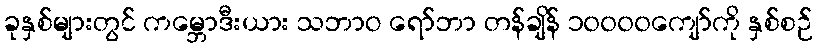
ခုနှစ်များတွင် ကမ္ဘောဒီးယား သဘာဝ ရော်ဘာ တန်ချိန် ၁၀၀၀၀ကျော်ကို နှစ်စဉ်